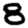
Digit: 8